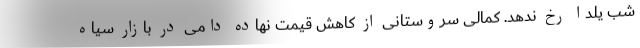
شب یلدا رخ ندهد. کمالی سروستانی از کاهش قیمت نهاده دامی در بازار سیاه